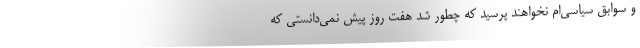
و سوابق سیاسی‌ام نخواهند پرسید که چطور شد هفت روز پیش نمی‌دانستی که